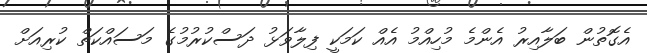
އެގޮތުން ބަލާއިރު އެންމެ މުހިއްމު އެއް ކަމަކީ ފިލާވަޅު ދަސްކުރުމުގެ މަސައްކަތް ކުރިއަށް